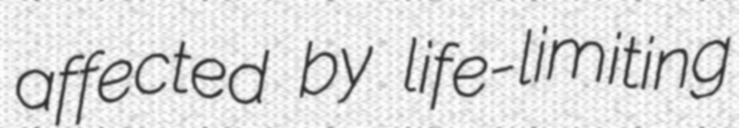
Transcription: affected by life-limiting